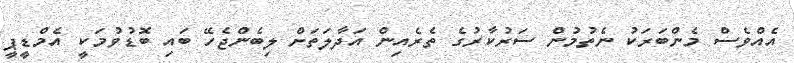
އެއްވެސް މެންބަރަކު ނެތުމުން ސަރުކާރުގެ ތެރެއިން އަދާލަތަށް ލިބެންޖެހޭ ބައި ބޮޑުވުމަކީ އެމްޑީޕީ